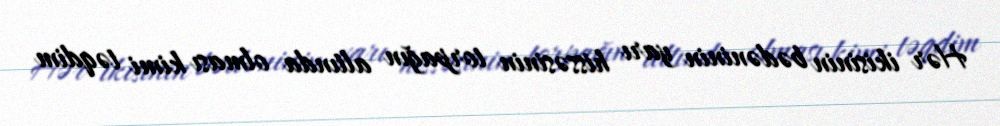
Hər ikisinin bədəninin yarı hissəsinin torpağın altında olması kimi təqdim